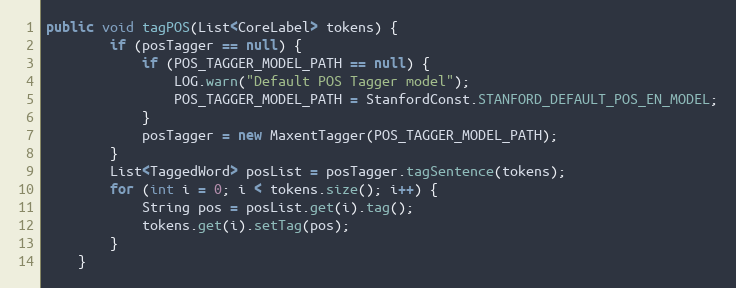
Language: Java
public void tagPOS(List<CoreLabel> tokens) {
        if (posTagger == null) {
            if (POS_TAGGER_MODEL_PATH == null) {
                LOG.warn("Default POS Tagger model");
                POS_TAGGER_MODEL_PATH = StanfordConst.STANFORD_DEFAULT_POS_EN_MODEL;
            }
            posTagger = new MaxentTagger(POS_TAGGER_MODEL_PATH);
        }
        List<TaggedWord> posList = posTagger.tagSentence(tokens);
        for (int i = 0; i < tokens.size(); i++) {
            String pos = posList.get(i).tag();
            tokens.get(i).setTag(pos);
        }
    }